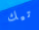
تيك